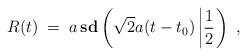
LaTeX: \begin{align*}R(t) \;=\; a\,\mbox{\bf sd}\left(\sqrt{2}a(t-t_{0})\left| \frac{1}{2}\right.\right) \; ,\end{align*}